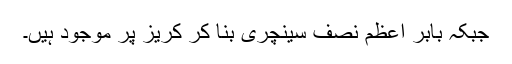
جبکہ بابر اعظم نصف سینچری بنا کر کریز پر موجود ہیں۔